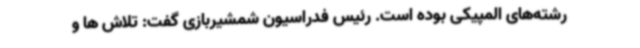
رشته‌های المپیکی بوده است. رئیس فدراسیون شمشیربازی گفت: تلاش ها و